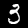
Label: 3